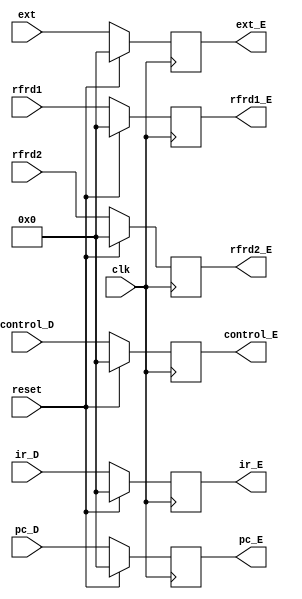
module E (
           input [31:0] ir_D,
           input [31:0] pc_D,
           input [31:0] ext,
           input [31:0] rfrd1,
           input [31:0] rfrd2,
           input clk,
           input reset,
           output [31:0] ir_E,
           output [31:0] pc_E,
           output [31:0] ext_E,
           output [31:0] rfrd1_E,
           output [31:0] rfrd2_E,

           input [31:0] control_D,
           output [31:0] control_E
       );

reg [31:0] IR;
reg [31:0] PC;
reg [31:0] EXT;
reg [31:0] RFRD1;
reg [31:0] RFRD2;
reg [31:0] CONTROL;

initial begin
    IR=0;
    PC=0;
    EXT=0;
    RFRD1=0;
    RFRD2=0;
    CONTROL=0;
end

always @(posedge clk) begin
    if (reset) begin
        IR<=0;
        PC<=0;
        EXT<=0;
        RFRD1<=0;
        RFRD2<=0;
        CONTROL<=0;
    end
    else begin
        IR<=ir_D;
        PC<=pc_D;
        EXT<=ext;
        RFRD1<=rfrd1;
        RFRD2<=rfrd2;
        CONTROL<=control_D;
    end
end

assign ir_E=IR;
assign pc_E=PC;
assign ext_E=EXT;
assign rfrd1_E=RFRD1;
assign rfrd2_E=RFRD2;
assign control_E=CONTROL;

endmodule